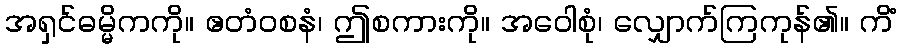
အရှင်ဓမ္မိကကို။ ဧတံဝစနံ၊ ဤစကားကို။ အဝေါစုံ၊ လျှောက်ကြကုန်၏။ ကိံ